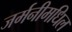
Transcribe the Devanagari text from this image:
जर्मनीमधिल